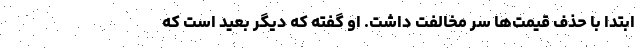
ابتدا با حذف قیمت‌ها سر مخالفت داشت. او گفته که دیگر بعید است که